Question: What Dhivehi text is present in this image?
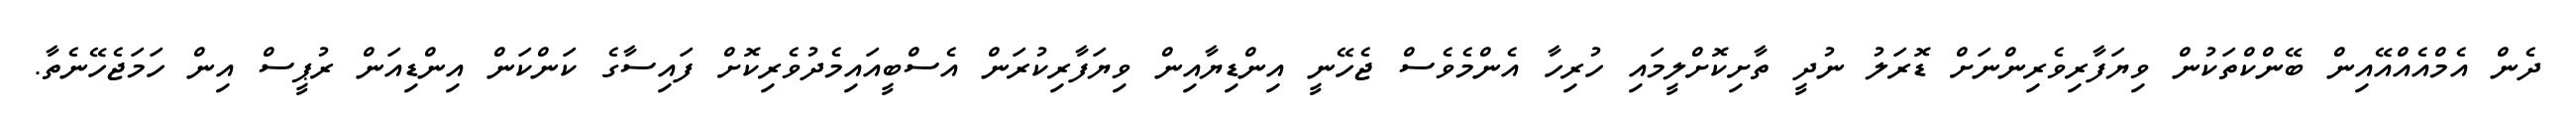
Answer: ދެން އެމްއެއްއޭއިން ބޭންކްތަކުން ވިޔަފާރިވެރިންނަށް ޑޮރަލު ނުދީ ތާށިކޮށްލީމައި ހުރިހާ އެންމެވެސް ޖެހޭނީ އިންޑިޔާއިން ވިޔަފާރިކުރަން އެސްބީއައިމެދުވެރިކޮށް ފައިސާގެ ކަންކަން އިންޑިއަން ރުޕީސް އިން ހަމަޖެހޭނެތާ.